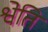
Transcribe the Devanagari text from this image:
श्वेति